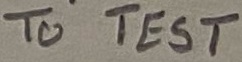
Text: TO TEST